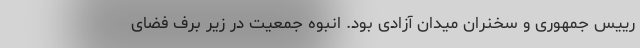
رییس جمهوری و سخنران میدان آزادی بود. انبوه جمعیت در زیر برف فضای